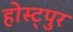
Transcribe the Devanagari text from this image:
होस्ट्पुर